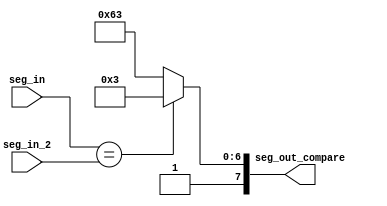
module seven_seg_compare1(
    input [3:0] seg_in,
    input [3:0] seg_in_2,
    output reg [7:0] seg_out_compare
    );
    
    always@(*) begin
    if (seg_in == seg_in_2)
    begin
    seg_out_compare <= 8'b10000011;//U
    end
    else
    begin
    seg_out_compare <= 8'b11100011;//L
    end
    
    end
endmodule